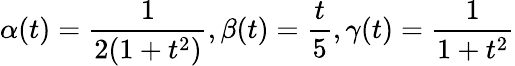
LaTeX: \alpha(t)=\frac{1}{2(1+t^{2})},\beta(t)=\frac{t}{5},\gamma(t)=\frac{1}{1+t^{2}}